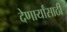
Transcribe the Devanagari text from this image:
देणार्यांसाठी